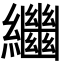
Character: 𦇡